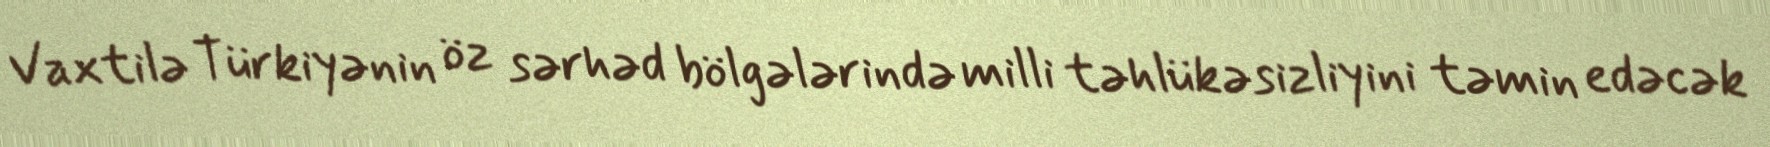
Vaxtilə Türkiyənin öz sərhəd bölgələrində milli təhlükəsizliyini təmin edəcək